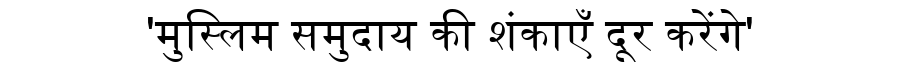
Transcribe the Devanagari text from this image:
'मुस्लिम समुदाय की शंकाएँ दूर करेंगे'